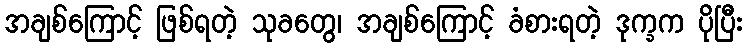
အချစ်ကြောင့် ဖြစ်ရတဲ့ သုခတွေ၊ အချစ်ကြောင့် ခံစားရတဲ့ ဒုက္ခက ပိုပြီး